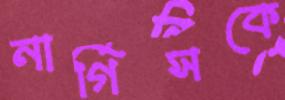
নার্গিসকে